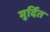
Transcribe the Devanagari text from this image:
मुर्दित